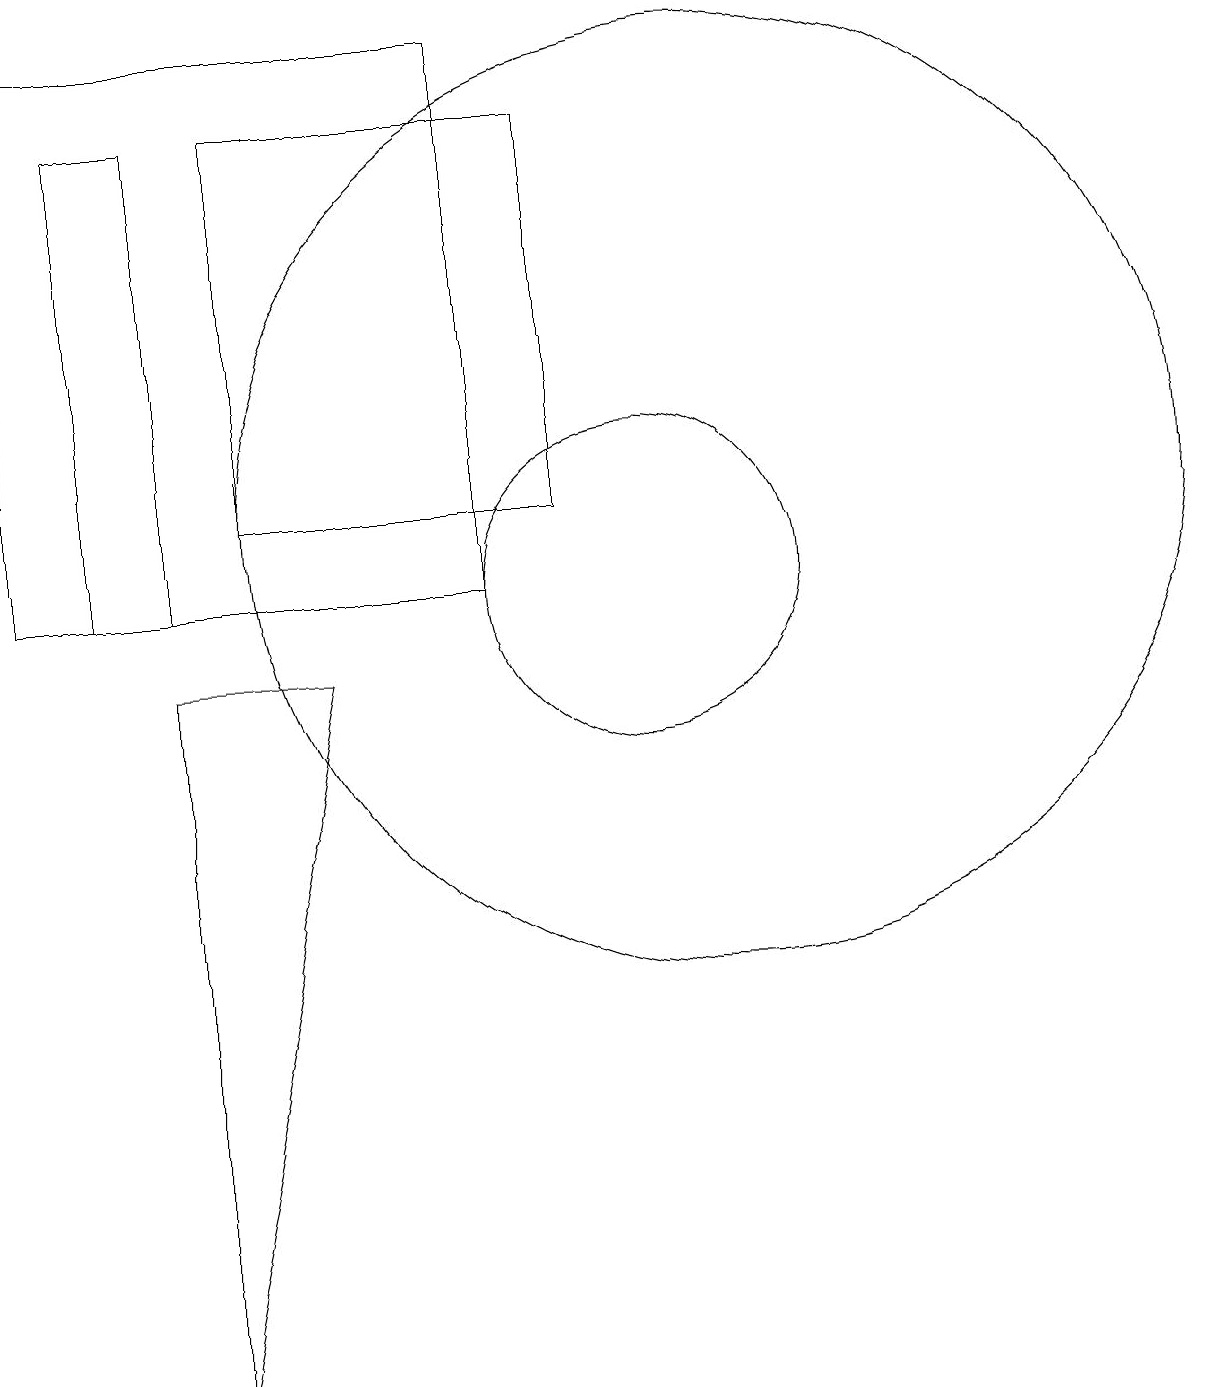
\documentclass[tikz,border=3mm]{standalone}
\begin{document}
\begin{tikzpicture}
\draw (4,16) rectangle (3,10);
\draw (10,10) circle (2);
\draw (5,16) rectangle (9,11);
\draw (4,0) -- (6,9) -- (4,9) -- cycle;
\draw (8,17) rectangle (2,10);
\draw (11,11) circle (6);
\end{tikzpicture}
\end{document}